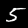
Digit: 5